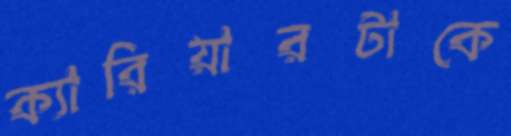
ক্যারিয়ারটাকে